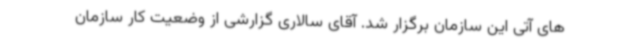
های آتی این سازمان برگزار شد. آقای سالاری گزارشی از وضعیت کار سازمان